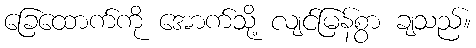
ခြေထောက်ကို အောက်သို့ လျင်မြန်စွာ ချသည်။